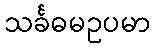
သင်္ခဓမဥပမာ